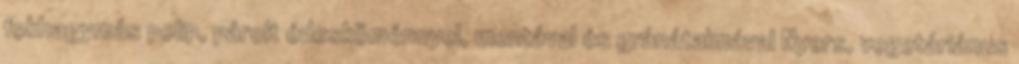
fokhagymás polip, párolt édesköménnyel, mentával és gránátalmával Nyers, vegetáriánus